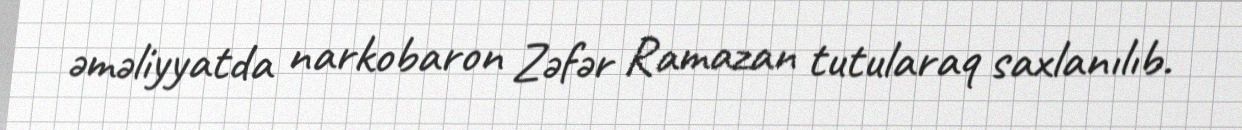
əməliyyatda narkobaron Zəfər Ramazan tutularaq saxlanılıb.